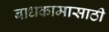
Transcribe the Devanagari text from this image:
बाधकामासाठी